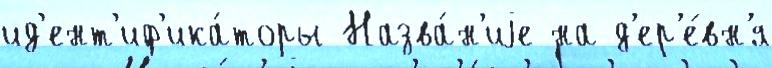
ид'ент'иф'ика́торы Назва́н'иjе на д'ер'е́вн'я